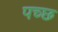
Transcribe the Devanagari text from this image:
पच्छ